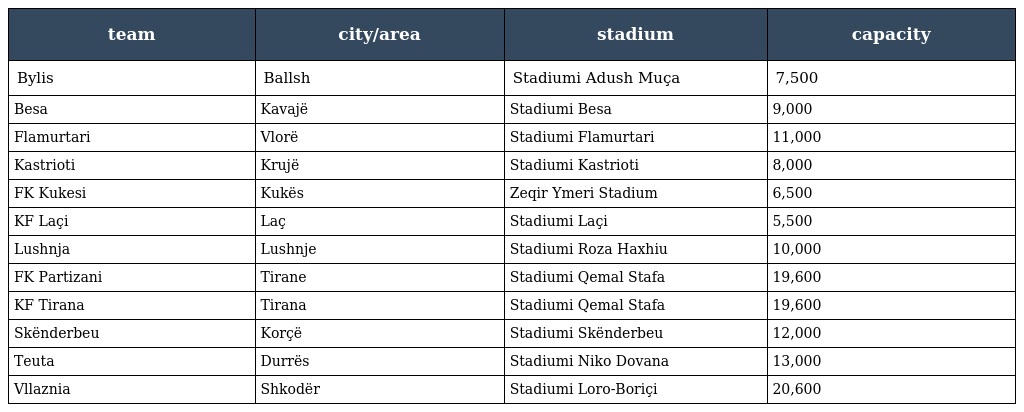
| team | city/area | stadium | capacity |
 | --- | --- | --- | --- |
 | Bylis | Ballsh | Stadiumi Adush Muça | 7,500 |
 | Besa | Kavajë | Stadiumi Besa | 9,000 |
 | Flamurtari | Vlorë | Stadiumi Flamurtari | 11,000 |
 | Kastrioti | Krujë | Stadiumi Kastrioti | 8,000 |
 | FK Kukesi | Kukës | Zeqir Ymeri Stadium | 6,500 |
 | KF Laçi | Laç | Stadiumi Laçi | 5,500 |
 | Lushnja | Lushnje | Stadiumi Roza Haxhiu | 10,000 |
 | FK Partizani | Tirane | Stadiumi Qemal Stafa | 19,600 |
 | KF Tirana | Tirana | Stadiumi Qemal Stafa | 19,600 |
 | Skënderbeu | Korçë | Stadiumi Skënderbeu | 12,000 |
 | Teuta | Durrës | Stadiumi Niko Dovana | 13,000 |
 | Vllaznia | Shkodër | Stadiumi Loro-Boriçi | 20,600 |